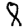
Digit: 8